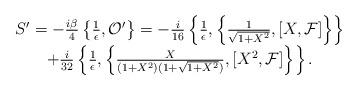
LaTeX: \begin{align*}\begin{array}{c}S'=-\frac{i\beta}{4}\left\{\frac{1}{\epsilon},{\cal O}'\right\}=-\frac{i}{16}\left\{\frac{1}{\epsilon},\left\{\frac{1}{\sqrt{1+X^2}},[X,{\cal F}]\right\}\right\}\\+\frac{i}{32}\left\{\frac{1}{\epsilon},\left\{\frac{X}{(1+X^2)(1+\sqrt{1+X^2})},[X^2,{\cal F}]\right\}\right\}. \end{array} \end{align*}